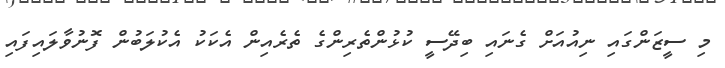
މި ސީޒަންގައި ނިއުއަށް ގެނައި ބިދޭސީ ކުޅުންތެރިންގެ ތެރެއިން އެކަކު އެކުލަބުން ފޮނުވާލައިފައި